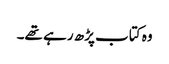
وہ کتاب پڑھ رہے تھے۔